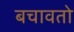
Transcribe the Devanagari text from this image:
बचावतो